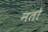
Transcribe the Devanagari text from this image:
नतो